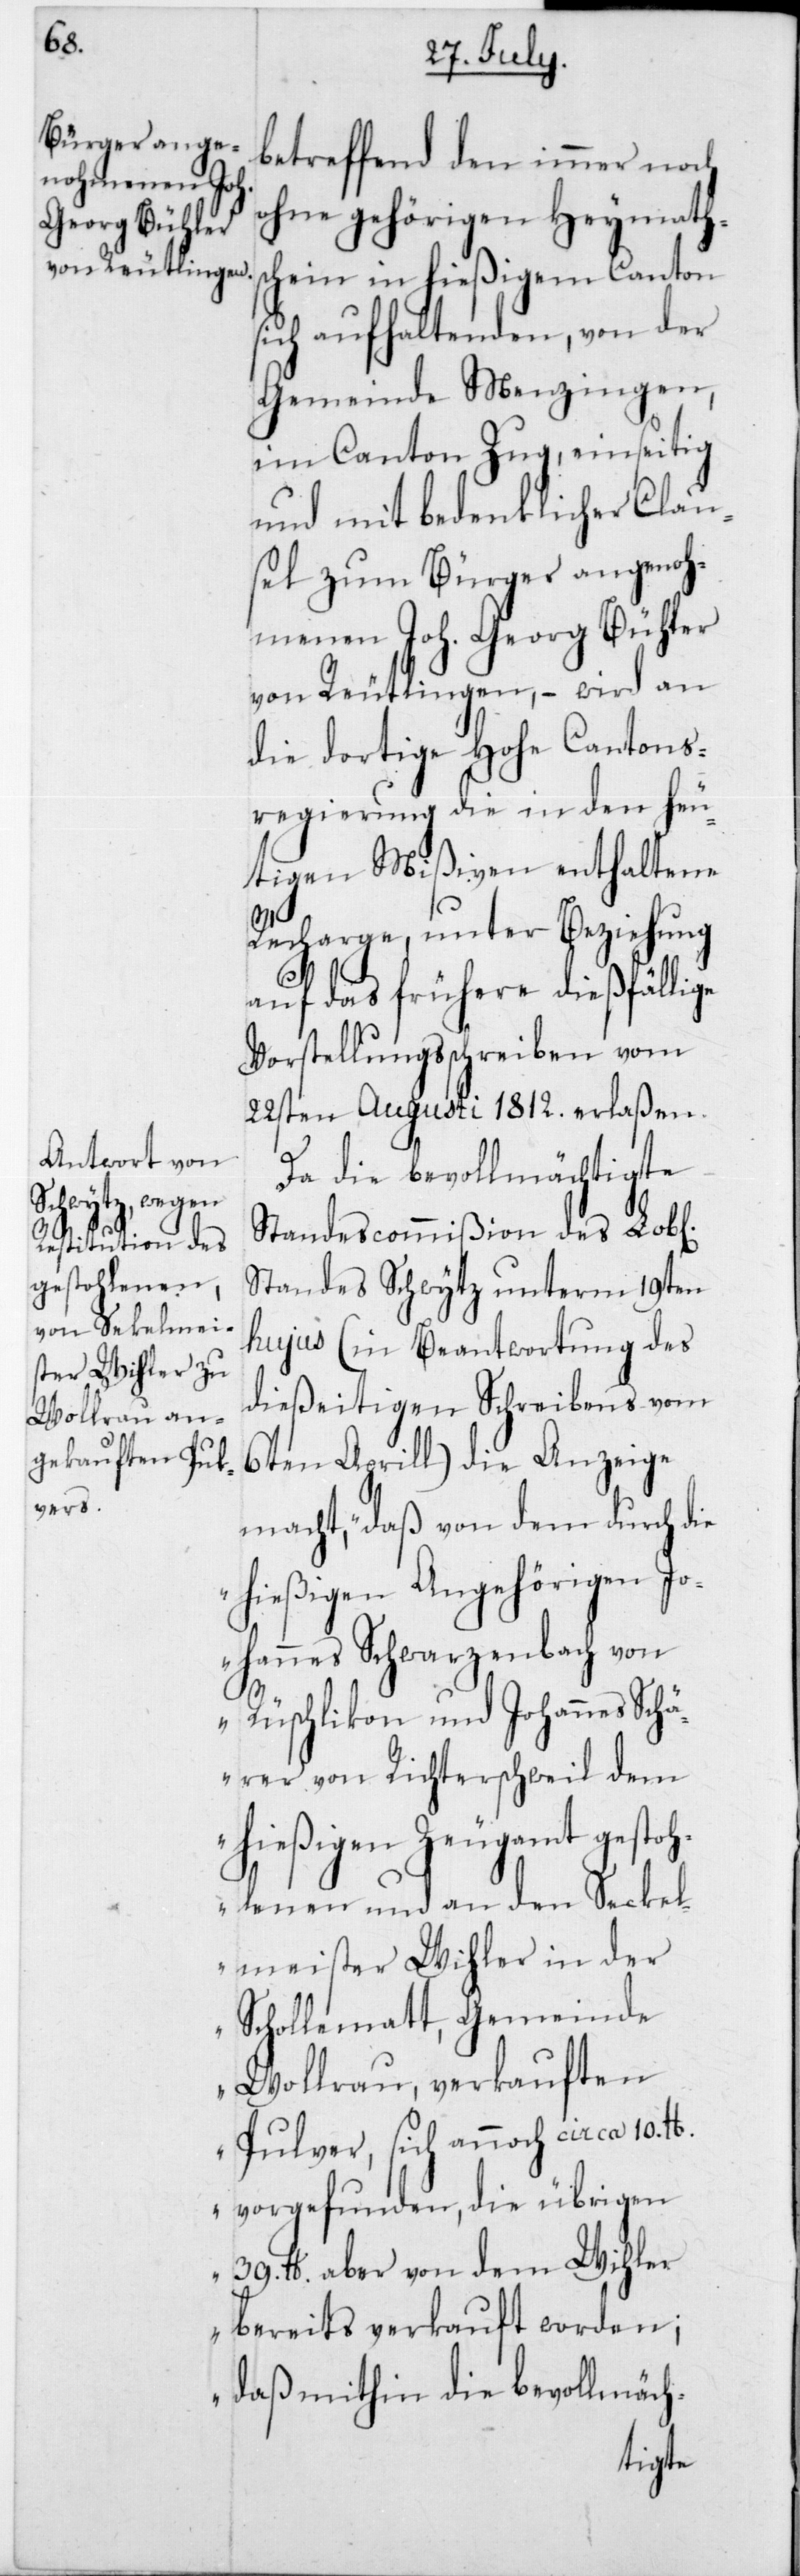
betreffend den immer noch
ohne gehörigen Heymaths¬
chein in hießigem Canton
sich aufhaltenden, von der
Gemeinde Menzingen
im Canton Zug, einseitig
und mit bedenklicher Clau¬
sel zum Bürger angenoh¬
menen Joh. Georg Bühler
von Reutlingen, – wird an
die dortige Hohe Cantons¬
regierung die in den heu¬
tigen Mißiven enthaltene
Recharge, unter Beziehung
auf das frühere dießfällige
Vorstellungsschreiben vom
22sten Augusti 1812 erlaßen.
Da die bevollmächtigte¬
Standescommißion des L.
Standes Schwyz unterm 19ten
hujus (in Beantwortung des
dießeitigen Schreibens vom
6ten Aprill) die Anzeige
macht, „Daß von dem durch die
hießigen Angehörigen Jo¬
hannes Schwarzenbach von
Rüschlikon und Johannes Schä¬
rer von Richterschweil dem
hießigen Zeugamt gestoh¬
lenen und an den Seckel¬
meister Wihler in der
Schollematt, Gemeinde
Wollerau, verkauften
Pulver, sich annoch circa 10 lb.
vorgefunden, die übrigen
39 lb. aber von dem Wihler
bereits verkauft worden;
daß mithin die bevollmäch-